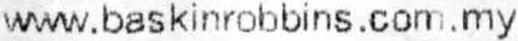
WWW.BASKINROBBINS.COM.MY